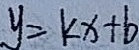
y = k x + b